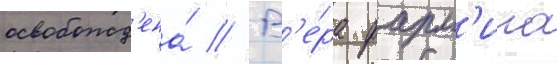
освобожд'ена́ // В'е́ра фарм'ига